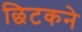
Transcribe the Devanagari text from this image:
छिटकने